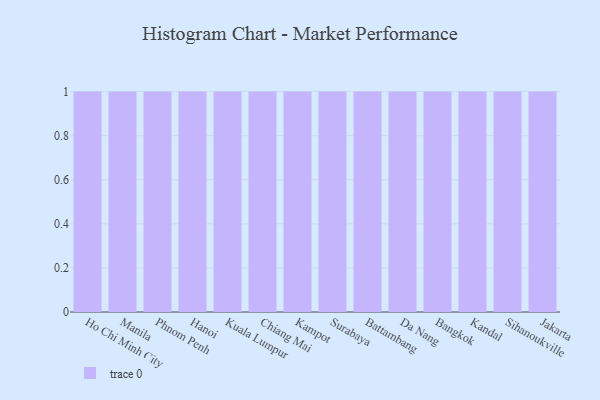
{"axis": {"x": "City", "y": "Satisfaction Score"}, "legend": [""], "data": [{"x": "Ho Chi Minh City", "y": 87, "type": ""}, {"x": "Manila", "y": 10, "type": ""}, {"x": "Phnom Penh", "y": 29, "type": ""}, {"x": "Hanoi", "y": 74, "type": ""}, {"x": "Kuala Lumpur", "y": 12, "type": ""}, {"x": "Chiang Mai", "y": 3, "type": ""}, {"x": "Kampot", "y": 67, "type": ""}, {"x": "Surabaya", "y": 84, "type": ""}, {"x": "Battambang", "y": 42, "type": ""}, {"x": "Da Nang", "y": 93, "type": ""}, {"x": "Bangkok", "y": 74, "type": ""}, {"x": "Kandal", "y": 19, "type": ""}, {"x": "Sihanoukville", "y": 8, "type": ""}, {"x": "Jakarta", "y": 63, "type": ""}]}